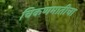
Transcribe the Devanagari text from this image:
चिकणमातीचा